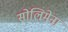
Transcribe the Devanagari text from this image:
सोलिमेना